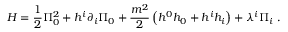
H = \frac { 1 } { 2 } \Pi _ { 0 } ^ { 2 } + h ^ { i } \partial _ { i } \Pi _ { 0 } + \frac { m ^ { 2 } } { 2 } \left( h ^ { 0 } h _ { 0 } + h ^ { i } h _ { i } \right) + \lambda ^ { i } \Pi _ { i } \ .